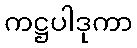
ကဋ္ဌပါဒုကာ